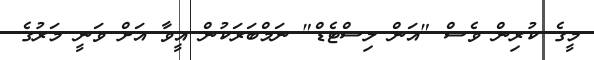
މީގެ ކުރިން ވެސް "އަން ލިސްޓެޑް" ނަމްބަރަކުން އީވާ އަށް ވަނީ މަރުގެ